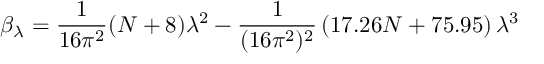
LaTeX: \beta _ { \lambda } = \frac { 1 } { 1 6 \pi ^ { 2 } } ( N + 8 ) \lambda ^ { 2 } - \frac { 1 } { ( 1 6 \pi ^ { 2 } ) ^ { 2 } } \left( 1 7 . 2 6 N + 7 5 . 9 5 \right) \lambda ^ { 3 }